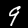
Digit: 9